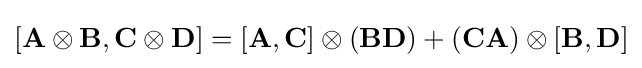
[\mathbf {A} \otimes \mathbf {B} ,\mathbf {C} \otimes \mathbf {D} ]=[\mathbf {A} ,\mathbf {C} ]\otimes (\mathbf {B} \mathbf {D} )+(\mathbf {C} \mathbf {A} )\otimes [\mathbf {B} ,\mathbf {D} ]